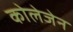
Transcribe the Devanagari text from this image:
कोलेजेन